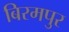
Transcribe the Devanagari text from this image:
बिरमपुर